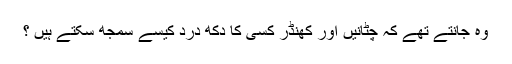
وہ جانتے تھے کہ چٹانیں اور کھنڈر کسی کا دکھ درد کیسے سمجھ سکتے ہیں ؟